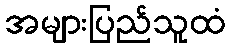
အများပြည်သူထံ